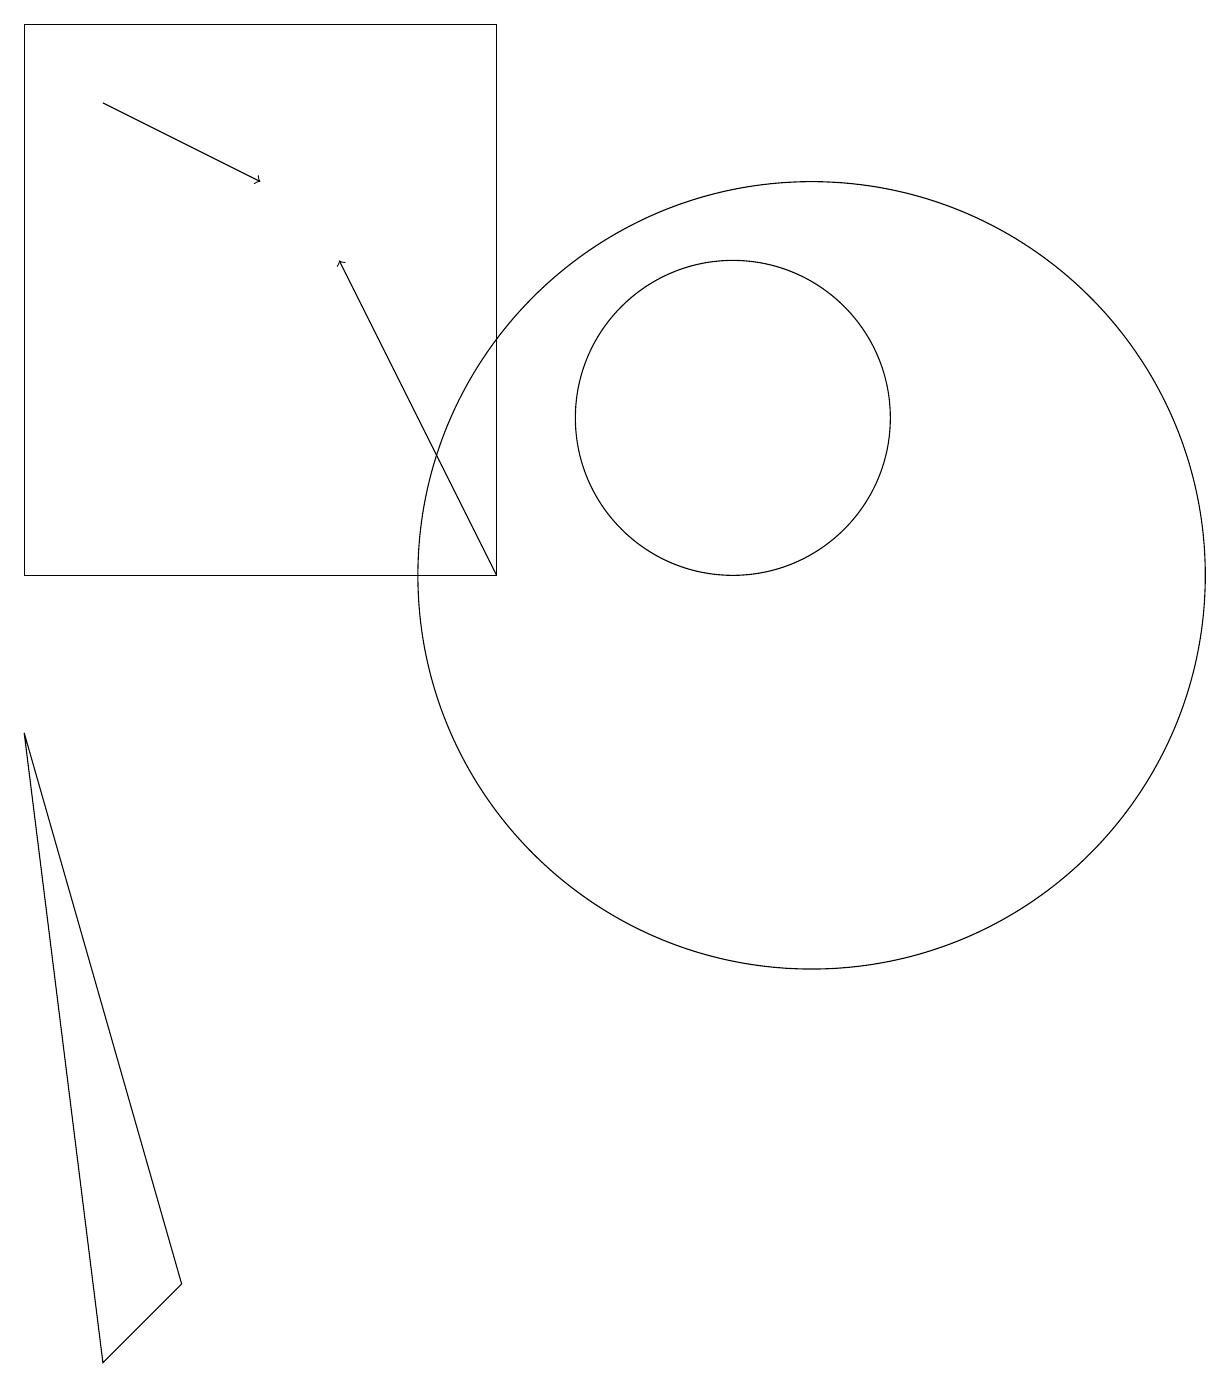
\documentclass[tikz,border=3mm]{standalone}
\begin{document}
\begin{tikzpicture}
\draw (10,12) circle (2);
\draw (7,10) rectangle (1,17);
\draw (11,10) circle (5);
\draw (1,8) -- (3,1) -- (2,0) -- cycle;
\draw[->] (2,16) -- (4,15);
\draw[->] (7,10) -- (5,14);
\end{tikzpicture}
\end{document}